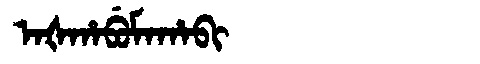
Manchu: ᠠᡧᡥᠠᠪᡠᠮᠠᡥᠠᠪᡳ
Romanization: AŠHABUMAHABI